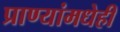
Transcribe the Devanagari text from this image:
प्राण्यांमधेही